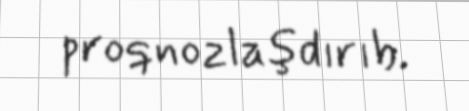
proqnozlaşdırıb.